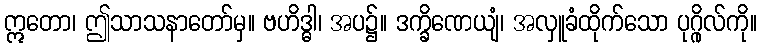
ဣတော၊ ဤသာသနာတော်မှ။ ဗဟိဒ္ဓါ၊ အပ၌။ ဒက္ခိဏေယျံ၊ အလှူခံထိုက်သော ပုဂ္ဂိုလ်ကို။